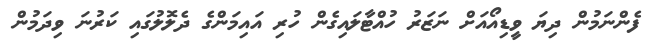
ފެންނަމުން ދިޔަ ވީޑިއޯއަށް ނަޒަރު ހުއްޓާލައިގެން ހުރި އައިމަންގެ ދެލޮލުގައި ކަރުނަ ވިދަމުން